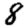
Digit: 8